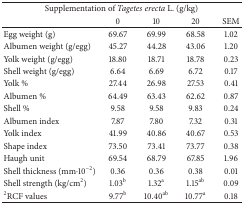
| <COLSPAN=5> Supplementation of Tagetes erecta L. (g/kg) |
 |  | 0 | 10 | 20 | SEM |
 | --- | --- | --- | --- | --- |
 | Egg weight (g) | 69.67 | 69.99 | 68.58 | 1.02 |
 | Albumen weight (g/egg) | 45.27 | 44.28 | 43.06 | 1.20 |
 | Yolk weight (g/egg) | 18.80 | 18.71 | 18.78 | 0.23 |
 | Shell weight (g/egg) | 6.64 | 6.69 | 6.72 | 0.17 |
 | Yolk % | 27.44 | 26.98 | 27.53 | 0.41 |
 | Albumen % | 64.49 | 63.43 | 62.62 | 0.87 |
 | Shell % | 9.58 | 9.58 | 9.83 | 0.24 |
 | Albumen index | 7.87 | 7.80 | 7.32 | 0.31 |
 | Yolk index | 41.99 | 40.86 | 40.67 | 0.53 |
 | Shape index | 73.50 | 73.41 | 73.77 | 0.38 |
 | Haugh unit | 69.54 | 68.79 | 67.85 | 1.96 |
 | Shell thickness (mm·10−2) | 0.36 | 0.36 | 0.38 | 0.01 |
 | Shell strength (kg/cm2) | 1.03b | 1.32a | 1.15ab | 0.09 |
 | 2RCF values | 9.77b | 10.40ab | 10.77a | 0.18 |